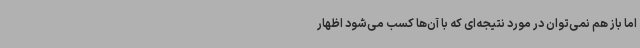
اما باز هم نمی‌توان در مورد نتیجه‌ای که با آن‌ها کسب می‌شود اظهار